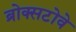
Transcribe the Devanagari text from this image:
ब्रोक्सटोवे